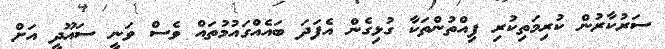
ސަރުކާރުން ކުރިމަތިކުރި ފިއްތުންތަކާ ގުޅިގެން އެފަދަ ބައެއްގައުމުތައް ވެސް ވަނީ ސައޫދީ އަށް